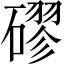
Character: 磟